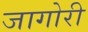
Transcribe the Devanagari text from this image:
जागोरी